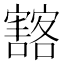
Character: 𡫲